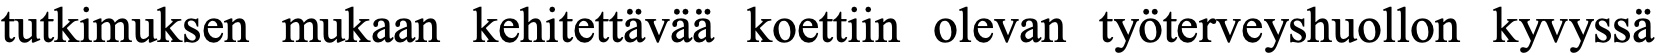
tutkimuksen mukaan kehitettävää koettiin olevan työterveyshuollon kyvyssä